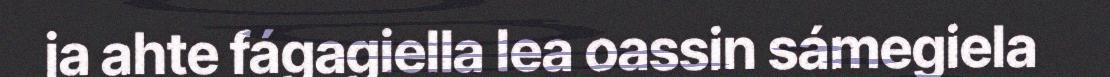
ja ahte fágagiella lea oassin sámegiela